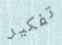
تفكير